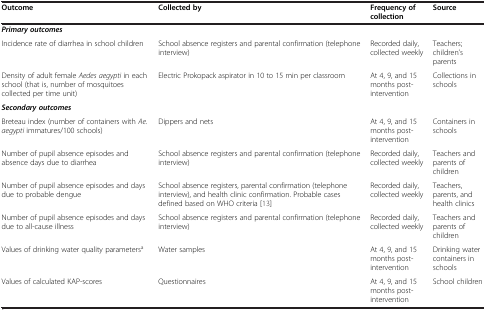
<table><thead><tr><td><b>Outcome</b></td><td><b>Collected by</b></td><td><b>Frequency of collection</b></td><td><b>Source</b></td></tr></thead><tbody><tr><td><b><i>Primary outcomes</i></b></td><td> </td><td> </td><td> </td></tr><tr><td>Incidence rate of diarrhea in school children</td><td>School absence registers and parental confirmation (telephone interview)</td><td>Recorded daily, collected weekly</td><td>Teachers; children’s parents</td></tr><tr><td>Density of adult female <i>Aedes aegypti</i> in each school (that is, number of mosquitoes collected per time unit)</td><td>Electric Prokopack aspirator in 10 to 15 min per classroom</td><td>At 4, 9, and 15 months post-intervention</td><td>Collections in schools</td></tr><tr><td><b><i>Secondary outcomes</i></b></td><td> </td><td> </td><td> </td></tr><tr><td>Breteau index (number of containers with <i>Ae. aegypti</i> immatures/100 schools)</td><td>Dippers and nets</td><td>At 4, 9, and 15 months post-intervention</td><td>Containers in schools</td></tr><tr><td>Number of pupil absence episodes and absence days due to diarrhea</td><td>School absence registers and parental confirmation (telephone interview)</td><td>Recorded daily, collected weekly</td><td>Teachers and parents of children</td></tr><tr><td>Number of pupil absence episodes and days due to probable dengue</td><td>School absence registers, parental confirmation (telephone interview), and health clinic confirmation. Probable cases defined based on WHO criteria [13]</td><td>Recorded daily, collected weekly</td><td>Teachers, parents, and health clinics</td></tr><tr><td>Number of pupil absence episodes and days due to all-cause illness</td><td>School absence registers and parental confirmation (telephone interview)</td><td>Recorded daily, collected weekly</td><td>Teachers and parents of children</td></tr><tr><td>Values of drinking water quality parameters<sup>a</sup></td><td>Water samples</td><td>At 4, 9, and 15 months post-intervention</td><td>Drinking water containers in schools</td></tr><tr><td>Values of calculated KAP-scores</td><td>Questionnaires</td><td>At 4, 9, and 15 months post-intervention</td><td>School children</td></tr></tbody></table>